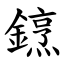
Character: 䥋